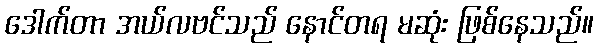
ဒေါက်တာ အယ်လဗင်သည် နောင်တရ မဆုံး ဖြစ်နေသည်။